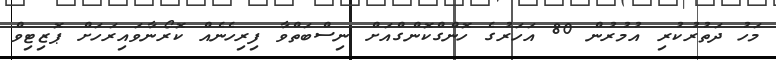
މަހު ދަތުރުކުރި އުމުރުން 80 އަހަރުގެ ހޮންގްކޮންގްއަށް ނިސްބަތްވާ ފިރިހެނެއް ކޮރޯނާވައިރަހަށް ޕޮޒިޓިވް